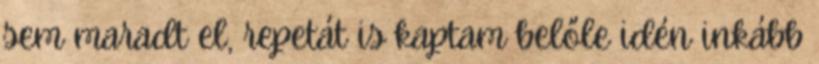
sem maradt el, repetát is kaptam belőle idén inkább